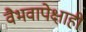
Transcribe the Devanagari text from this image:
वैभवापेक्षाही